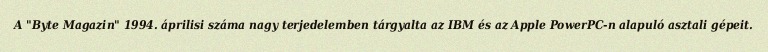
A "Byte Magazin" 1994. áprilisi száma nagy terjedelemben tárgyalta az IBM és az Apple PowerPC-n alapuló asztali gépeit.